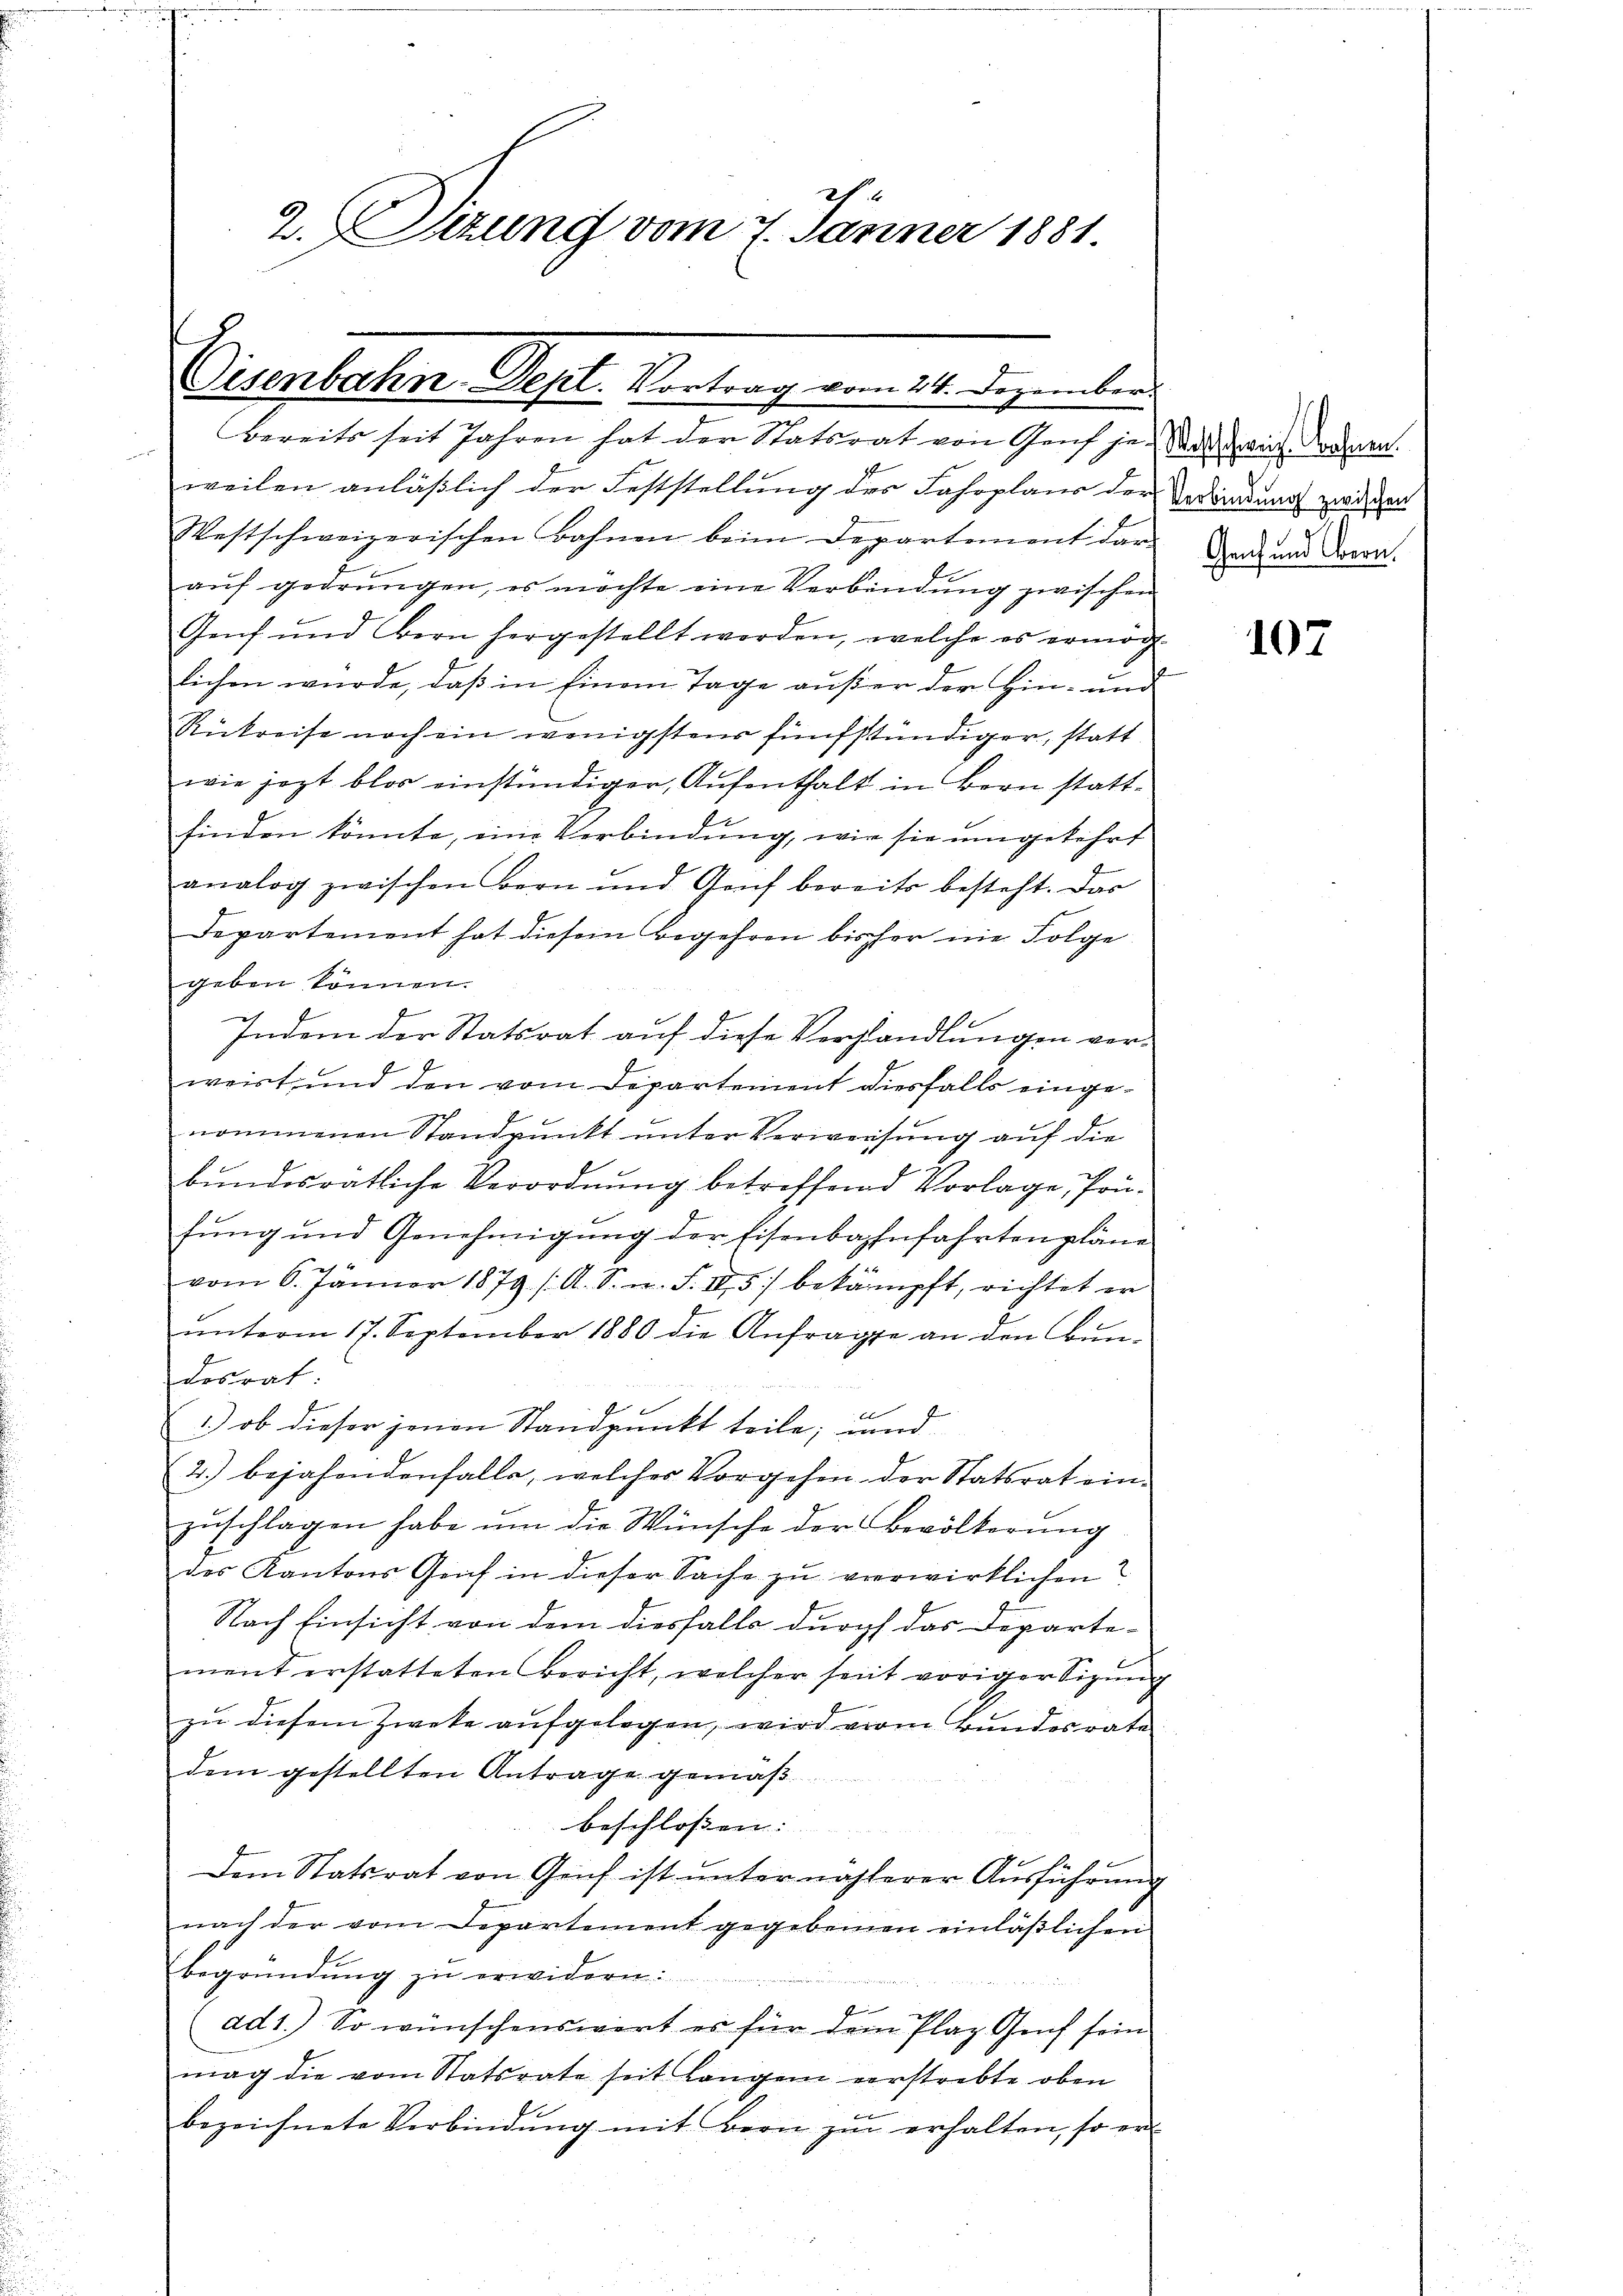
2h.
2. Sizung vom 7. Jänner 1881.

Disenbahn-Depl. Vortrag vom 21. Dezembers
Bereits seit Jahren hat der Statsrat von Genf je Satin Krahnen.

weilen anläßlich der Feststellung des Jahrplane der Verandung zwischen
Westschweizerischen Bahnen beim Departement der Ende und dera
auf gedrungen, es möchte eine Verbindung zwischen
Genf und Bern hergestellt worden, welche es ermög
lichen wurde, daß in Einem Tage außer der Hin- und
Rückreise noch ein wenigstens fünfstündiger, statt
wie jezt blos einstündiger, Aufenthalt in Bern statt¬
E
finden könnte, eine Verbindung, wie sie umgekehrt
analog zwischen Bern und Genf bereits besteht. Das
Departement hat diesem Begehren bisher nie Folge
geben können.
Indem der Statsrat auf diese Verhandlungen verweist, und den vom Departement diesfalls eingenommenen Standpunkt unter Verweisung auf die
bŭndesratliche Verordnŭng betreffend Vorlage, Prüfŭng und Genehmigŭng der Eisenbahnfahrtenpläne
vom 6. Jänner 1879 /A. S. n. F. IV 5) bekämpft, richtet er
ŭnterm 17. September 1880 die Anfrage an den Bŭn-
desrat
x
1.) ob dieser jenen Standpunkt teile; und
2.) bejahendenfalle, welches Vorgehen der Statsrat ein-
zuschlagen habe um die Wünsche der Bevölkerung
des Kantons Genf in dieser Sache zu verwirklichen?
Nach Einsicht von dem diesfalls durch das Departement erstatteten Bericht, welcher seit voriger Sizŭng
zu diesem Zweke aufgelegen, wird vom Bundesrate
dem gestellten Antrage gemäß
beschlossen:
Dem Statsrat von Genf ist ŭnter näherer Aŭsführŭng
nach der vom Departement gegebenen einläβlichen
Begründung zu erwidern:
ad1.) So wünschenswert es für dem Plaz Genf sein
mag die vom Statsrate seit langen verstrebte oben
bezeichnete Verbindŭng mit Bern zŭ erhalten, so er-

107